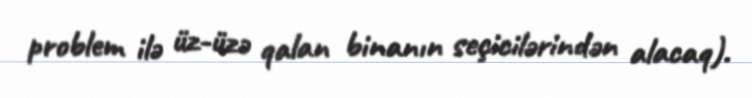
problem ilə üz-üzə qalan binanın seçicilərindən alacaq).